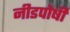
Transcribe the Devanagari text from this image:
नीडपोषी